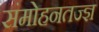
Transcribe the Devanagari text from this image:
संमोहनतज्‍ज्ञ